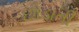
છોડાતી